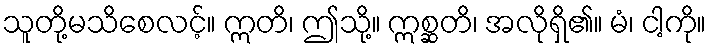
သူတို့မသိစေလင့်။ ဣတိ၊ ဤသို့။ ဣစ္ဆတိ၊ အလိုရှိ၏။ မံ၊ ငါ့ကို။